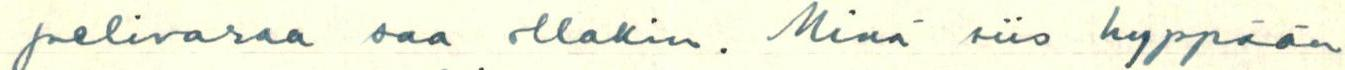
pelivaraa saa ollakin. Minä siis hyppään